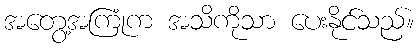
အတွေ့အကြုံက အသိကိုသာ ပေးနိုင်သည်။